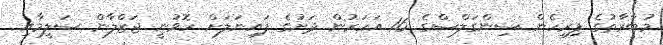
މުބާރާތުގެ ފިރިހެން ސިންގަލްސްގެ 16 އަހަރުން ދަށުގެ ފައިނަލަށް ހޮވުނީ ޖަޒްލާން ސަލީމާއި